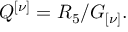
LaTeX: { \cal Q } ^ { \left[ \nu \right] } = { \cal R } _ { 5 } / G _ { \left[ \nu \right] } .